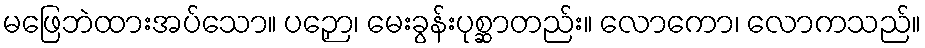
မဖြေဘဲထားအပ်သော။ ပဉှော၊ မေးခွန်းပုစ္ဆာတည်း။ လောကော၊ လောကသည်။